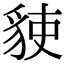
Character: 𧳅